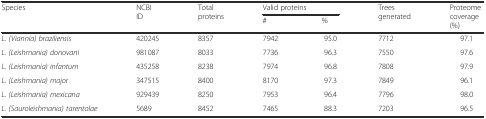
<table><thead><tr><td rowspan="2"><b>Species</b></td><td rowspan="2"><b>NCBI ID</b></td><td rowspan="2"><b>Total proteins</b></td><td colspan="2"><b>Valid proteins</b></td><td rowspan="2"><b>Trees generated</b></td><td rowspan="2"><b>Proteome coverage (%)</b></td></tr><tr><td><b>#</b></td><td><b>%</b></td></tr></thead><tbody><tr><td><i>L. (Viannia) braziliensis</i></td><td>420245</td><td>8357</td><td>7942</td><td>95.0</td><td>7712</td><td>97.1</td></tr><tr><td><i>L. (Leishmania) donovani</i></td><td>981087</td><td>8033</td><td>7736</td><td>96.3</td><td>7550</td><td>97.6</td></tr><tr><td><i>L. (Leishmania) infantum</i></td><td>435258</td><td>8238</td><td>7974</td><td>96.8</td><td>7808</td><td>97.9</td></tr><tr><td><i>L. (Leishmania) major</i></td><td>347515</td><td>8400</td><td>8170</td><td>97.3</td><td>7849</td><td>96.1</td></tr><tr><td><i>L. (Leishmania) mexicana</i></td><td>929439</td><td>8250</td><td>7953</td><td>96.4</td><td>7796</td><td>98.0</td></tr><tr><td><i>L. (Sauroleishmania) tarentolae</i></td><td>5689</td><td>8452</td><td>7465</td><td>88.3</td><td>7203</td><td>96.5</td></tr></tbody></table>